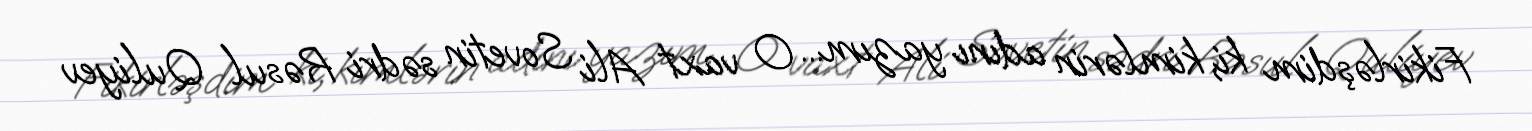
Fikirləşdim ki, kimlərin adını yazım... O vaxt Ali Sovetin sədri Rəsul Quliyev